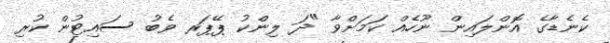
ކެނެޑާގެ އޮންލައިން ނޫހެއް ކަމަށްވާ "ދަ ލިންކު ޕޭޕަރ ވެބު ސައިޓުން ކުރި